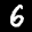
Label: 6